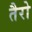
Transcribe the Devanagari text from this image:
तैरो